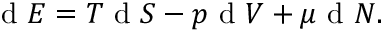
\begin{array} { r } { \mathrm { ~ d ~ } E = T \mathrm { ~ d ~ } S - p \mathrm { ~ d ~ } V + \mu \mathrm { ~ d ~ } N . } \end{array}